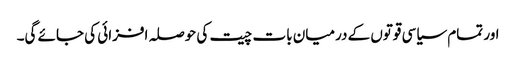
اور تمام سیاسی قوتوں کے درمیان بات چیت کی حوصلہ افزائی کی جائے گی۔